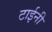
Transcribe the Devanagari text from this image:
टाईनी